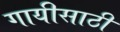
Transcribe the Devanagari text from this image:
गायीसाठी